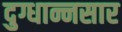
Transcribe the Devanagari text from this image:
दुग्धान्नसार